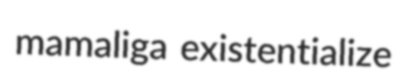
mamaliga existentialize